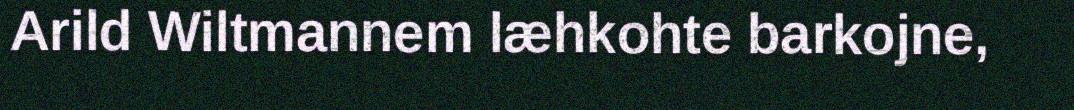
Arild Wiltmannem læhkohte barkojne,